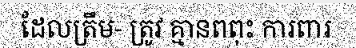
ដែលត្រឹម- ត្រូវ គ្មានពពុះ ការពារ